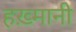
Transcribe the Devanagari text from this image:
हख़्मानी